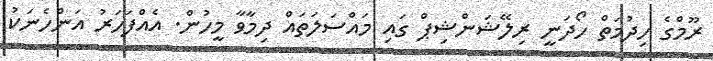
ރޫމްގެ ހިދުމަތް ހޯދަނީ ރިލޭޝަންޝިޕް ގައި މައްސަލަތައް ދިމާވާ މީހުން. އެއްފަހަރު އަންހެނަކު